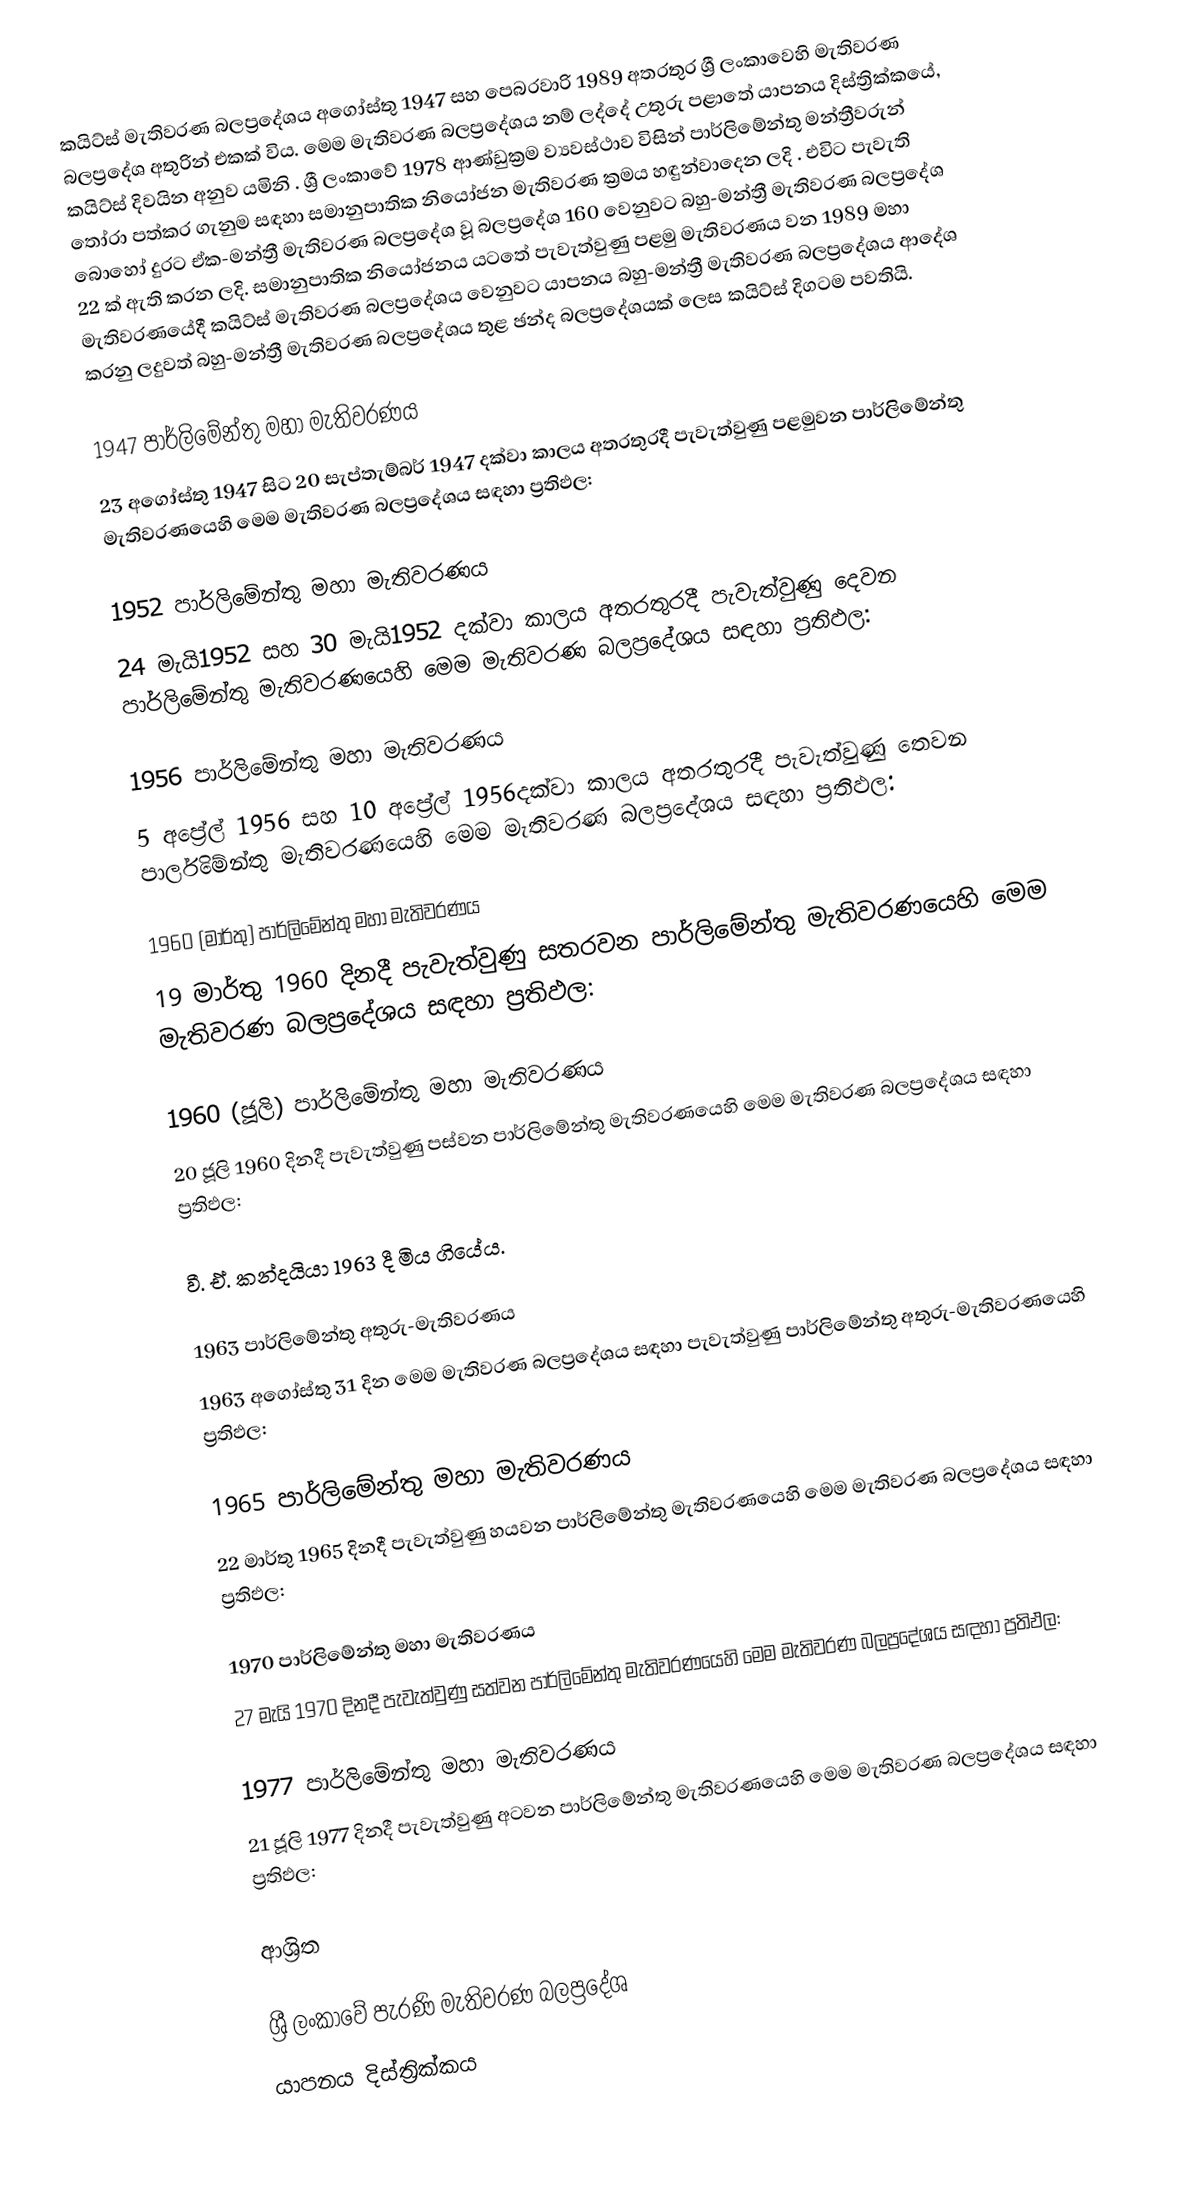
කයිට්ස් මැතිවරණ බලප්‍රදේශය  අගෝස්තු 1947 සහ පෙබරවාරි 1989 අතරතුර  ශ්‍රී ලංකාවෙහි  මැතිවරණ බලප්‍රදේශ අතුරින් එකක් විය. මෙම මැතිවරණ බලප්‍රදේශය නම් ලද්දේ උතුරු පළාතේ  යාපනය දිස්ත්‍රික්කයේ,  කයිට්ස් දිවයින අනුව යමිනි . ශ්‍රී ලංකාවේ 1978 ආණ්ඩුක්‍රම ව්‍යවස්ථාව විසින්   පාර්ලිමේන්තු මන්ත්‍රීවරුන් තෝරා පත්කර ගැනුම සඳහා සමානුපාතික නියෝජන මැතිවරණ ක්‍රමය හඳුන්වාදෙන ලදි . එවිට පැවැති බොහෝ දුරට  ඒක-මන්ත්‍රී මැතිවරණ බලප්‍රදේශ වූ බලප්‍රදේශ 160 වෙනුවට බහු-මන්ත්‍රී මැතිවරණ බලප්‍රදේශ 22 ක් ඇති කරන ලදි. සමානුපාතික නියෝජනය යටතේ පැවැත්වුණු පළමු මැතිවරණය වන 1989 මහා මැතිවරණයේදී  කයිට්ස් මැතිවරණ බලප්‍රදේශය වෙනුවට  යාපනය බහු-මන්ත්‍රී මැතිවරණ බලප්‍රදේශය  ආදේශ කරනු ලදුවත් බහු-මන්ත්‍රී මැතිවරණ බලප්‍රදේශය තුළ ඡන්ද බලප්‍රදේශයක් ලෙස කයිට්ස් දිගටම පවතියි.

1947 පාර්ලිමේන්තු මහා මැතිවරණය
23 අගෝස්තු 1947 සිට 20 සැප්තැම්බර් 1947 දක්වා කාලය අතරතුරදී පැවැත්වුණු  පළමුවන පාර්ලිමේන්තු මැතිවරණයෙහි මෙම මැතිවරණ බලප්‍රදේශය සඳහා ප්‍රතිඵල:

1952 පාර්ලිමේන්තු මහා මැතිවරණය
24 මැයි1952 සහ 30 මැයි1952 දක්වා කාලය අතරතුරදී පැවැත්වුණු  දෙවන පාර්ලිමේන්තු මැතිවරණයෙහි මෙම මැතිවරණ බලප්‍රදේශය සඳහා ප්‍රතිඵල:

1956 පාර්ලිමේන්තු මහා මැතිවරණය
5 අප්‍රේල් 1956 සහ 10 අප්‍රේල් 1956දක්වා කාලය අතරතුරදී පැවැත්වුණු  තෙවන පාර්ලිමේන්තු මැතිවරණයෙහි මෙම මැතිවරණ බලප්‍රදේශය සඳහා ප්‍රතිඵල:

1960 (මාර්තු) පාර්ලිමේන්තු මහා මැතිවරණය
19 මාර්තු 1960 දිනදී පැවැත්වුණු  සතරවන පාර්ලිමේන්තු මැතිවරණයෙහි මෙම මැතිවරණ බලප්‍රදේශය සඳහා ප්‍රතිඵල:

1960 (ජූලි) පාර්ලිමේන්තු මහා මැතිවරණය
20 ජූලි 1960 දිනදී පැවැත්වුණු  පස්වන පාර්ලිමේන්තු මැතිවරණයෙහි මෙම මැතිවරණ බලප්‍රදේශය සඳහා ප්‍රතිඵල:

වී. ඒ. කන්දයියා 1963 දී මිය ගියේය‍.

1963 පාර්ලිමේන්තු අතුරු-මැතිවරණය
1963 අගෝස්තු 31 දින මෙම මැතිවරණ බලප්‍රදේශය සඳහා පැවැත්වුණු පාර්ලිමේන්තු අතුරු-මැතිවරණයෙහි ප්‍රතිඵල:

1965 පාර්ලිමේන්තු මහා මැතිවරණය
22 මාර්තු 1965  දිනදී පැවැත්වුණු  හයවන පාර්ලිමේන්තු මැතිවරණයෙහි මෙම මැතිවරණ බලප්‍රදේශය සඳහා ප්‍රතිඵල:

1970 පාර්ලිමේන්තු මහා මැතිවරණය
27 මැයි 1970 දිනදී පැවැත්වුණු  සත්වන පාර්ලිමේන්තු මැතිවරණයෙහි මෙම මැතිවරණ බලප්‍රදේශය සඳහා ප්‍රතිඵල:

1977 පාර්ලිමේන්තු මහා මැතිවරණය
21 ජූලි 1977 දිනදී පැවැත්වුණු  අටවන පාර්ලිමේන්තු මැතිවරණයෙහි මෙම මැතිවරණ බලප්‍රදේශය සඳහා ප්‍රතිඵල:

ආශ්‍රිත

ශ්‍රී ලංකාවේ පැරණි මැතිවරණ බලප්‍රදේශ
යාපනය දිස්ත්‍රික්කය